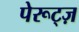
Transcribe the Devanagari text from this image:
पेरूट्ज़